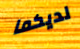
لديكما